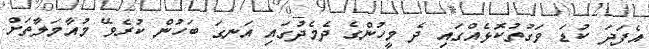
އެފަދަ ކުޑަ ވަގުތުކޮޅެއްގައި ދެ މީހުންގެ ދެމެދުގައި އަނގަ ބަހުން ކުރެވޭ މުއާމަލާތަށް